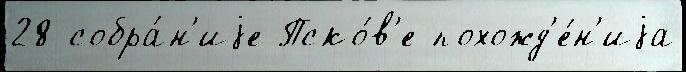
28 собра́н'иjе Пско́в'е похожд'е́н'иjа